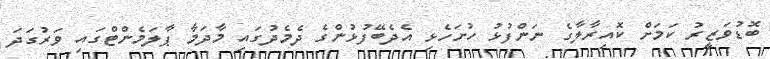
ބޮޑުވަޒީރު ކަމަށް ކޮއިރާލާގެ ނަންފުޅު ހުށަހެޅި އެދެބޭފުޅުންގެ ދެމެދުގައި މާދަމާ ޕާލަމެންޓްގައި ވަރުގަދަ